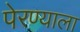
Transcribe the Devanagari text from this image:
पेरण्याला